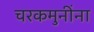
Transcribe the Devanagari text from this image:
चरकमुनींना